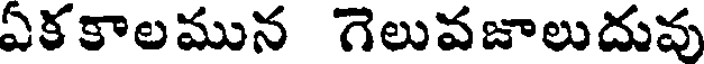
ఏకకాలమున గెలువజాలుదువు